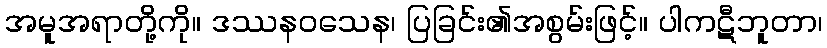
အမူအရာတို့ကို။ ဒဿနဝသေန၊ ပြခြင်း၏အစွမ်းဖြင့်။ ပါကဋီဘူတာ၊